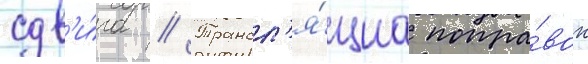
сдв'и́га // Трансл'я́циа попра́вок